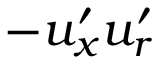
- u _ { x } ^ { \prime } u _ { r } ^ { \prime }